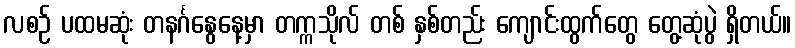
လစဉ် ပထမဆုံး တနင်္ဂနွေနေ့မှာ တက္ကသိုလ် တစ် နှစ်တည်း ကျောင်းထွက်တွေ တွေ့ဆုံပွဲ ရှိတယ်။